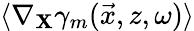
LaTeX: \langle\nabla_{\mathbf{X}}\gamma_{m}(\vec{{x}},z,\omega)\rangle